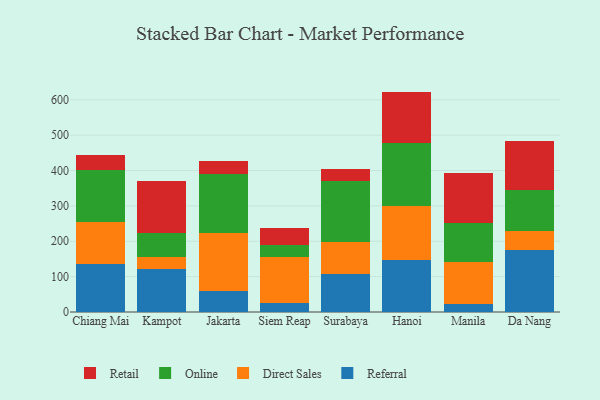
{"axis": {"x": "City", "y": "Budget (USD K)"}, "legend": ["Direct Sales", "Online", "Referral", "Retail"], "data": [{"x": "Chiang Mai", "y": 135.0, "type": "Referral"}, {"x": "Chiang Mai", "y": 118.7, "type": "Direct Sales"}, {"x": "Chiang Mai", "y": 149.1, "type": "Online"}, {"x": "Chiang Mai", "y": 40.5, "type": "Retail"}, {"x": "Kampot", "y": 122.0, "type": "Referral"}, {"x": "Kampot", "y": 34.8, "type": "Direct Sales"}, {"x": "Kampot", "y": 66.2, "type": "Online"}, {"x": "Kampot", "y": 146.9, "type": "Retail"}, {"x": "Jakarta", "y": 58.4, "type": "Referral"}, {"x": "Jakarta", "y": 164.4, "type": "Direct Sales"}, {"x": "Jakarta", "y": 168.4, "type": "Online"}, {"x": "Jakarta", "y": 35.3, "type": "Retail"}, {"x": "Siem Reap", "y": 24.2, "type": "Referral"}, {"x": "Siem Reap", "y": 130.9, "type": "Direct Sales"}, {"x": "Siem Reap", "y": 33.7, "type": "Online"}, {"x": "Siem Reap", "y": 47.5, "type": "Retail"}, {"x": "Surabaya", "y": 106.4, "type": "Referral"}, {"x": "Surabaya", "y": 90.9, "type": "Direct Sales"}, {"x": "Surabaya", "y": 172.5, "type": "Online"}, {"x": "Surabaya", "y": 34.8, "type": "Retail"}, {"x": "Hanoi", "y": 148.4, "type": "Referral"}, {"x": "Hanoi", "y": 151.1, "type": "Direct Sales"}, {"x": "Hanoi", "y": 179.8, "type": "Online"}, {"x": "Hanoi", "y": 144.0, "type": "Retail"}, {"x": "Manila", "y": 21.5, "type": "Referral"}, {"x": "Manila", "y": 120.5, "type": "Direct Sales"}, {"x": "Manila", "y": 110.8, "type": "Online"}, {"x": "Manila", "y": 140.9, "type": "Retail"}, {"x": "Da Nang", "y": 175.8, "type": "Referral"}, {"x": "Da Nang", "y": 53.7, "type": "Direct Sales"}, {"x": "Da Nang", "y": 114.2, "type": "Online"}, {"x": "Da Nang", "y": 140.0, "type": "Retail"}]}